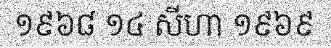
១៩៦៨ ១៤ សីហា ១៩៦៩